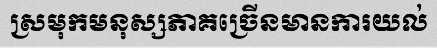
ស្រមុកមនុស្សភាគច្រើនមានការយល់